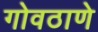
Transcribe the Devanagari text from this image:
गोवठाणे